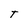
Character: T